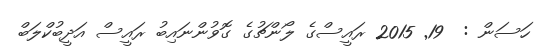
ހަސަން :  19